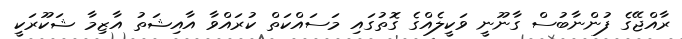
ރާއްޖޭގެ ފުންނާބުސް ގާނޫނީ ވަކީލެއްގެ ގޮތުގައި މަސައްކަތް ކުރައްވާ އާއިޝަތު އާޒިމާ ޝަކޫރަކީ